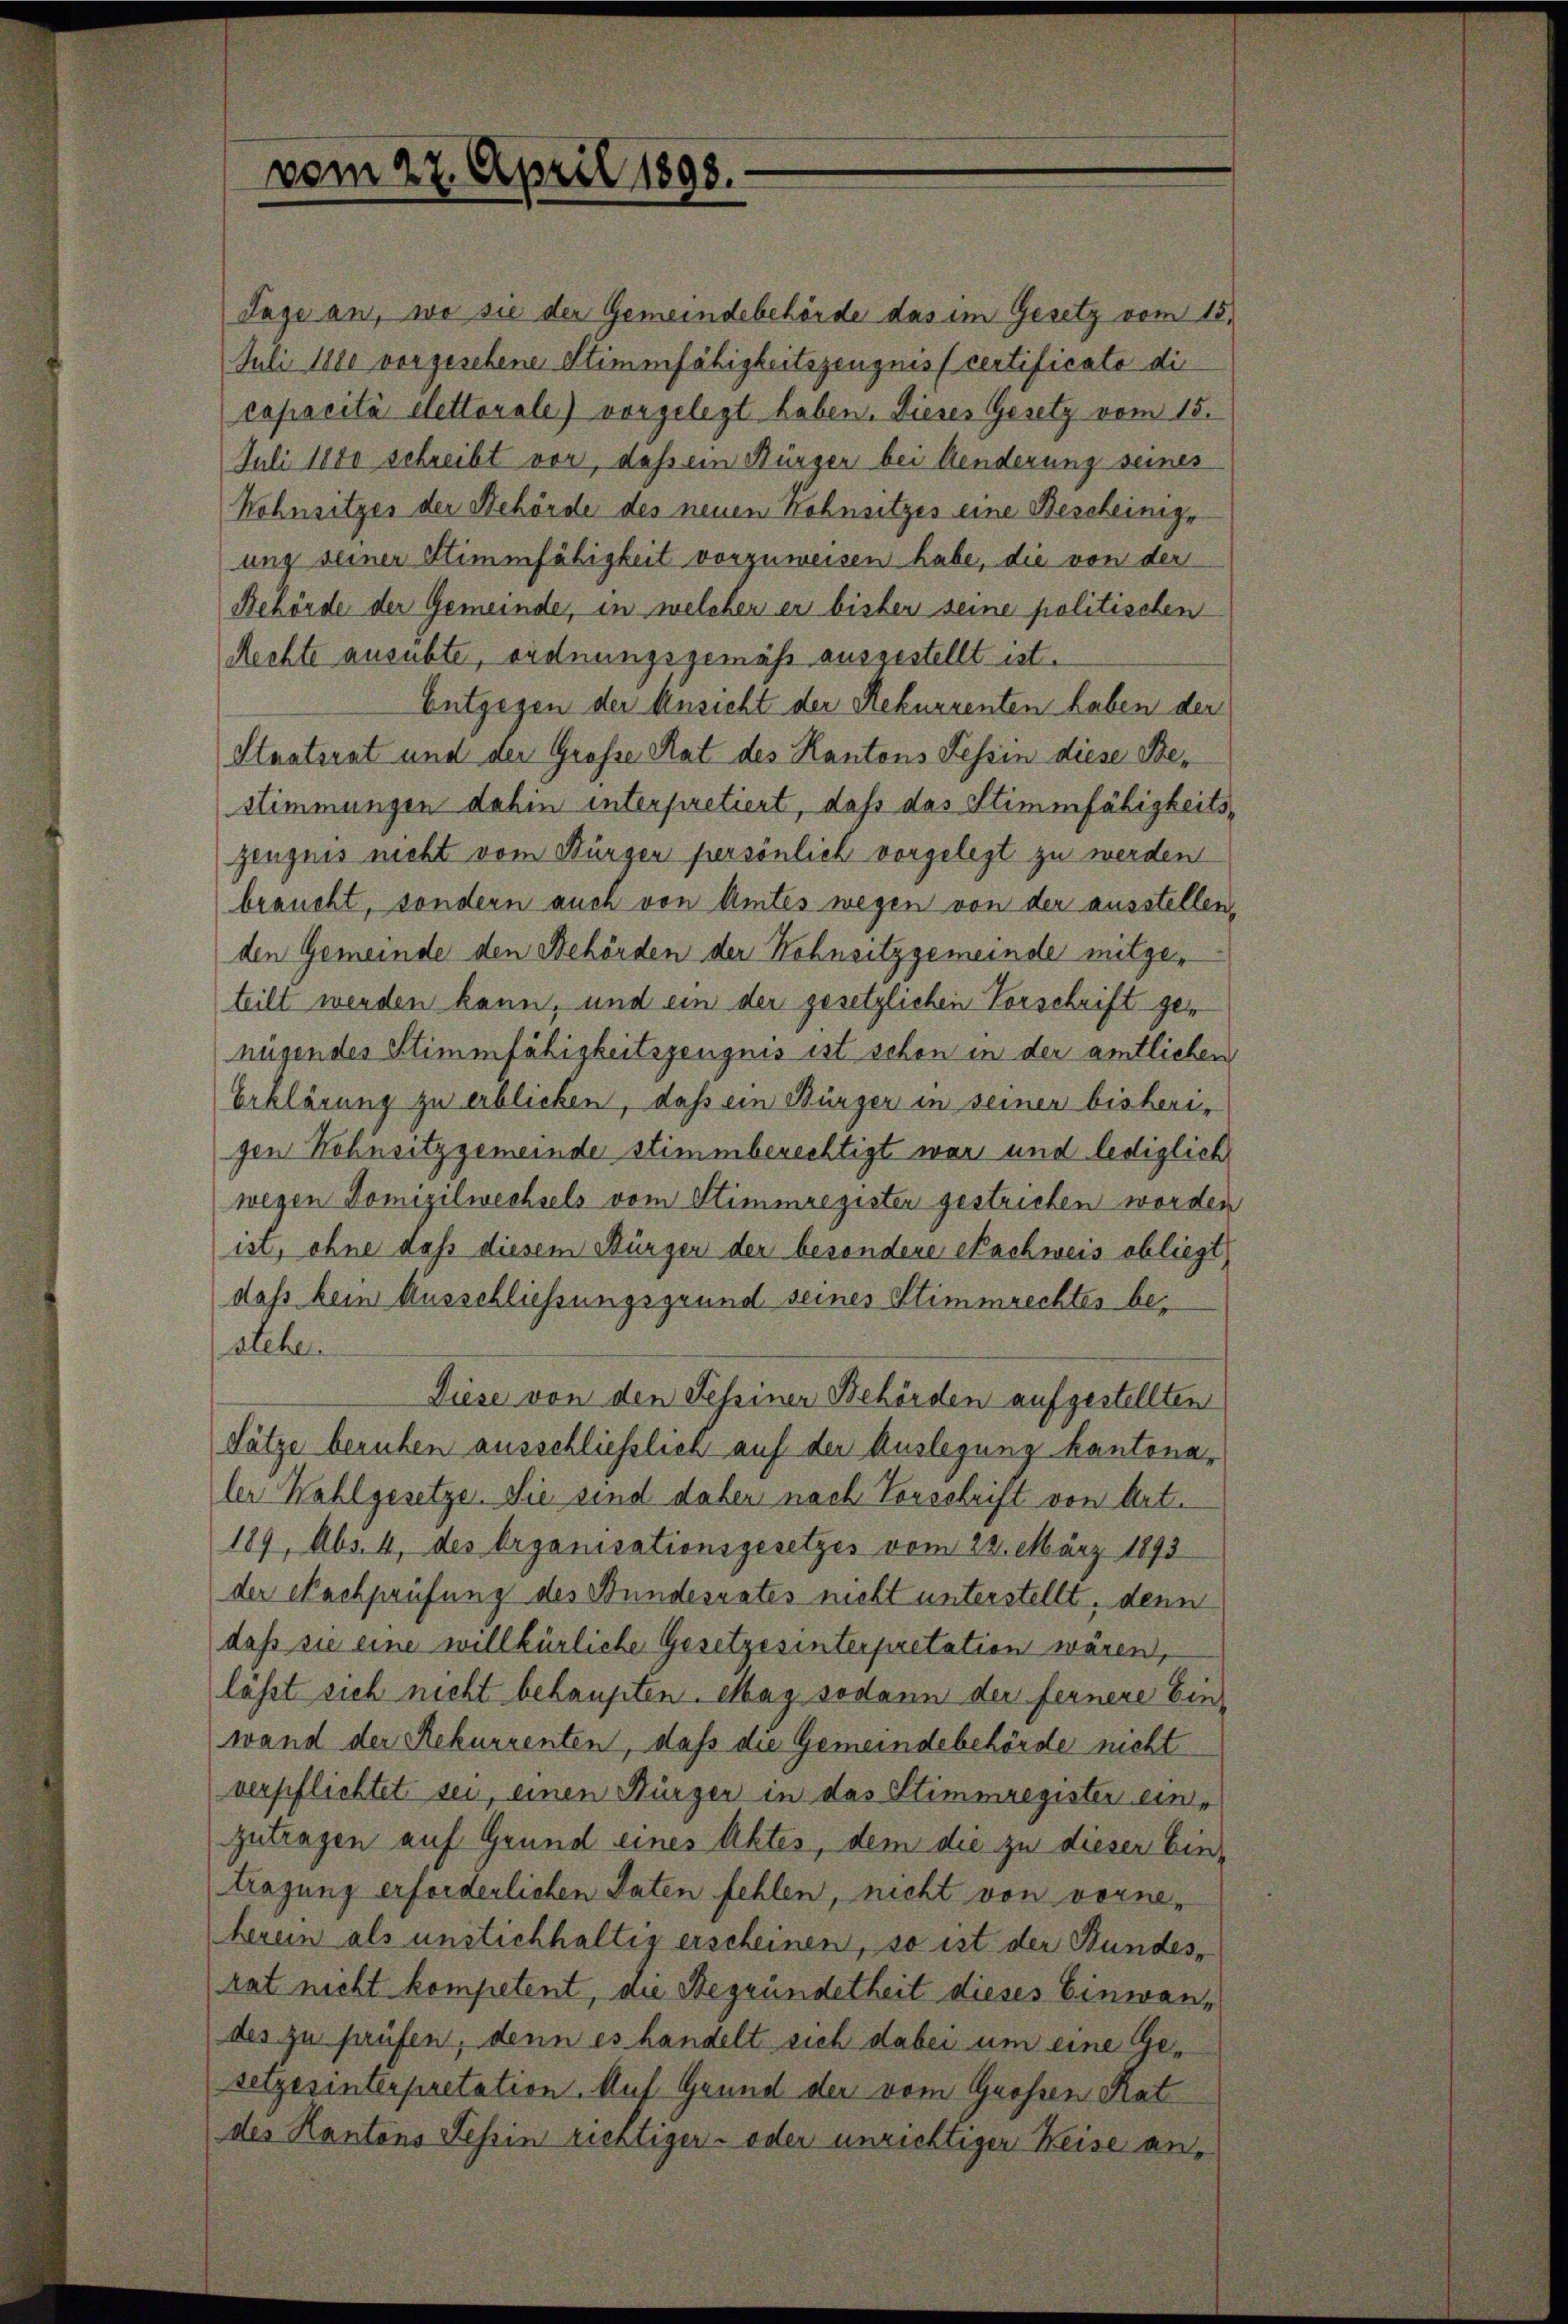
vom 27. April 1898.

Behörde der Gemeinde, in welcher er bisher seine politischen
Rechte ausübte, ordnungsgemäß ausgestellt ist.
Entgegen der Ansicht der Rekurrenten haben der
Staatsrat und der Große Rat des Kantons Tessin diese Bestimmungen dahin interpretiert, daß das Stimmfähigkeitszeugnis nicht vom Bürgen persönlich vorgelegt zu werden
braucht, sondern auch von Amtes wegen von der ausstellen,
den Gemeinde den Behörden der Hohnsitzgemeinde mitgeteilt werden kann, und ein der gesetzlichen Vorschrift genügendes Stimmfähigkeitszeugnis ist schon in der amtlichen
Erklärung zu erblicken, daß ein Bürger in seiner bisherr
gen Hohnsitz gemeinde stimmberechtigt war und lediglich
wegen Domizilwechsels vom Stimmregister gestrichen worden
ist, ohne dass diesem Bürger der besondere Nachweis obliegt
dass kein Ausschliessungsgrund seines Stimmrechtes bealche
Diese von den Scheiner Behörden aufgestellten
Sätze beruhen ausschließlich auf der Auslegung kantonaler Wahlgesetze. Sie sind daher nach Vorschrift von Art.
189, Abs. 4, des Organisationsgesetzes vom 22. März 1893
der Nachprüfung des Bundesrates nicht unterstellt, denn
daß sie eine willkürliche Gesetzesinterpretation wären,
läßt sich nicht behaupten. Mag sodann der fernere Einwand der Rekurrenten, daß die Gemeindebehörde nicht
verpflichtet sei, einen Bürger in das Stimmregister einzutragen auf Grund eines Aktes, dem die zu dieser Eintragung erforderlichen Paten fehlen, nicht von vorne-
herein als unstichhaltig erscheinen, so ist der Stundes-
rat nicht kompetent, die Begründetheit dieses Einwandes zu prüfen, denn es handelt sich dabei um eine Geseizerinterpretation. Auf Grund der vom Großen Rat
des Kantons Tessin richtiger- oder unrichtiger Weise an¬

Tage an, wo sie der Gemeindebehörde das im Gesetz vom 18.
Juli 1880 vorgesehene Stimmfähigkeitszeugnis certificato die
capacità elettovale) vorgelegt haben. Dieses Gesetz vom 15.
Juli 1880 schreibt vor, daß ein Bürger bei Aenderung seines
Hohnsitzes der Behörde des neuen Kohnsitzes eine Bescheinige
ung seiner Stimmfähigkeit vorzuweisen habe, die von der